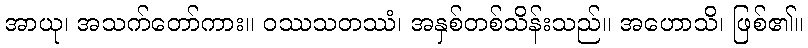
အာယု၊ အသက်တော်ကား။ ဝဿသတဿံ၊ အနှစ်တစ်သိန်းသည်။ အဟောသိ၊ ဖြစ်၏။